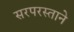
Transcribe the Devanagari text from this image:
सरपरस्ताने